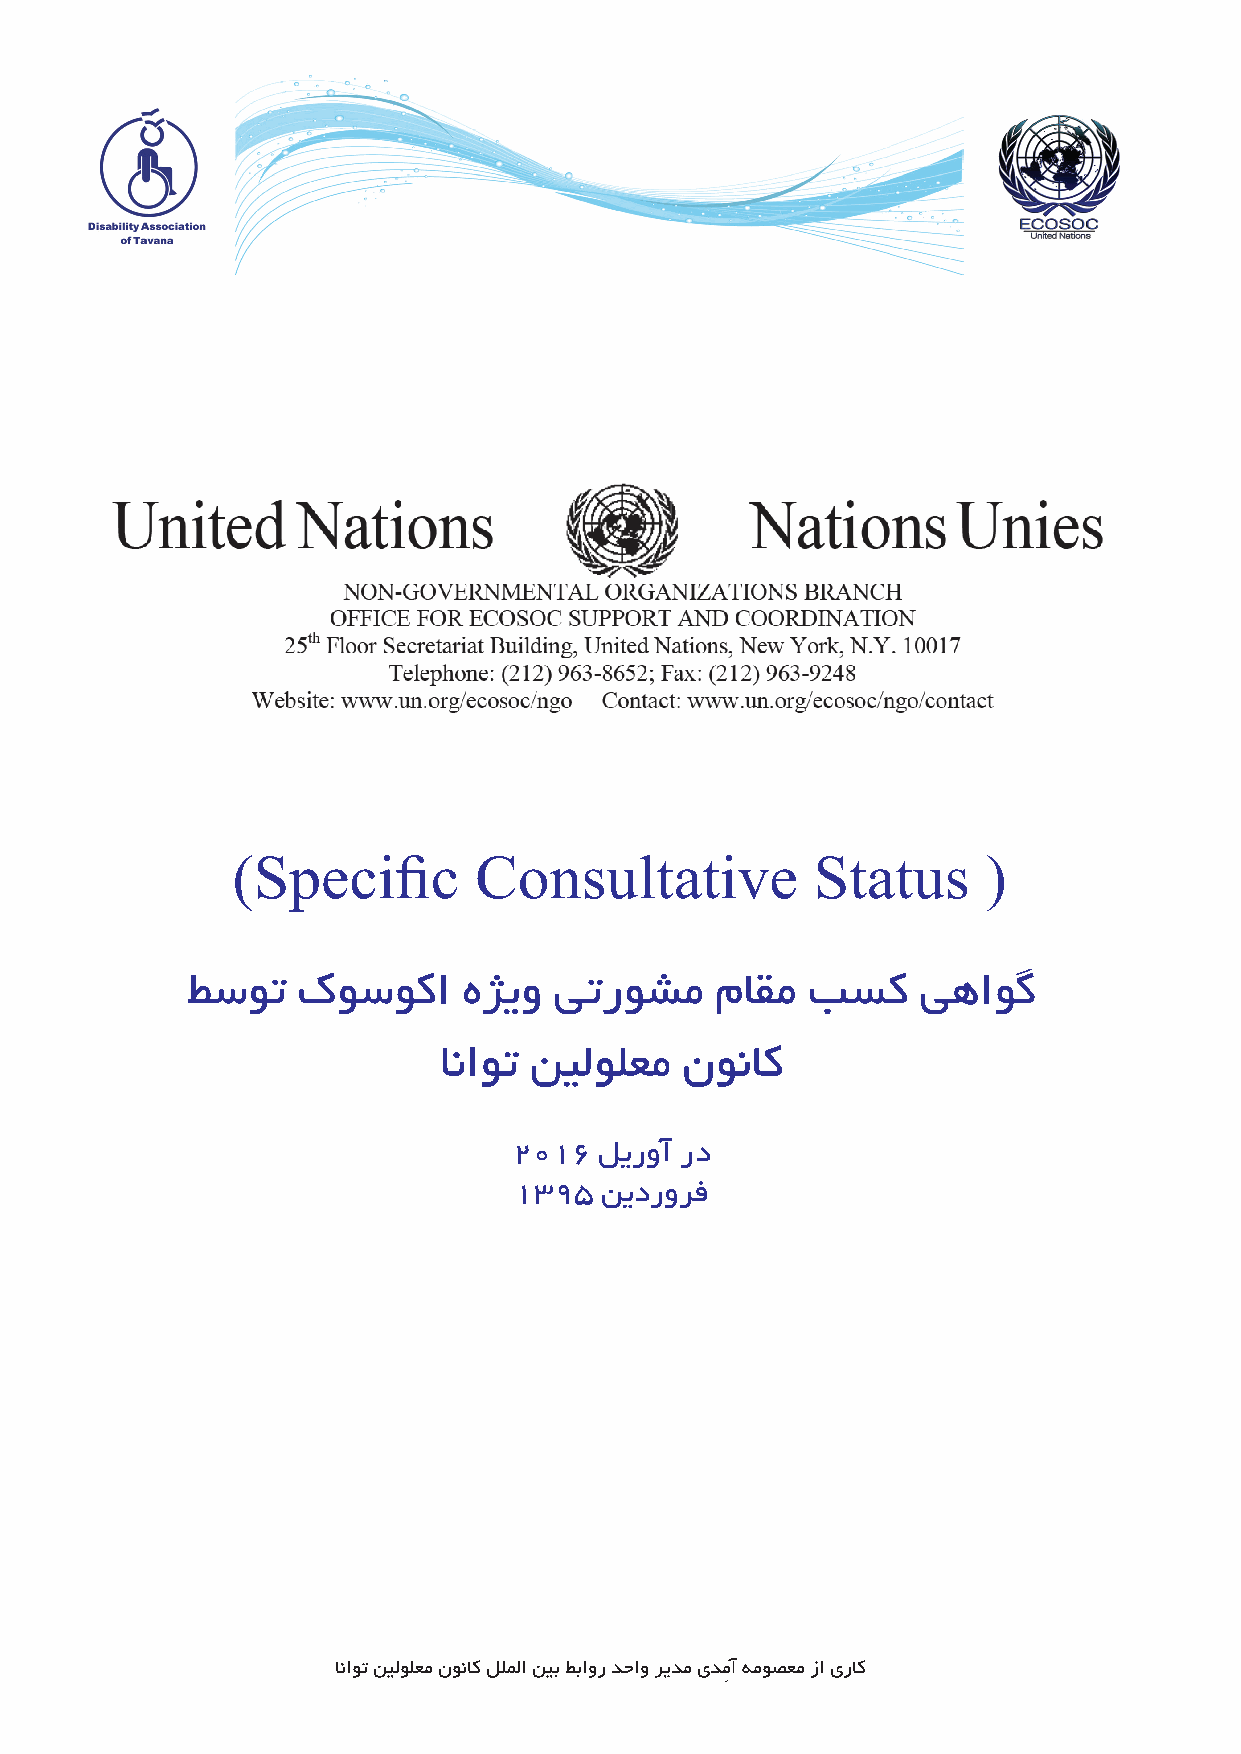
(Specific       Consultative           Status     )
 ﻂﺳﻮﺗ    كﻮﺳﻮﮐا     هﮋﯾو  ﻰﺗرﻮﺸﻣ    مﺎﻘﻣ  ﺐﺴﮐ     ﻰﻫاﻮﮔ
 ﺎﻧاﻮﺗ ﻦﯿﻟﻮﻠﻌﻣ   نﻮﻧﺎﮐ
 2016  ﻞﯾروآ رد
 1395  ﻦﯾدروﺮﻓ
 ﺎﻧاﻮﺗ ﻦﯿﻟﻮﻠﻌﻣ نﻮﻧﺎﮐ ﻞﻠﻤﻟا ﻦﯿﺑ ﻂﺑاور ﺪﺣاو ﺮﯾﺪﻣ ىﺪﻣِآ ﻪﻣﻮﺼﻌﻣ زا ىرﺎﮐ
 1